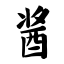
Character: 酱